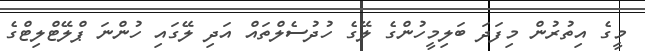
މީގެ އިތުރުން މިފަދަ ބަލިމީހުންގެ ލޭގެ ހުދުސެލްތައް އަދި ލޭގައި ހުންނަ ޕްލޭޓްލިޓްގެ